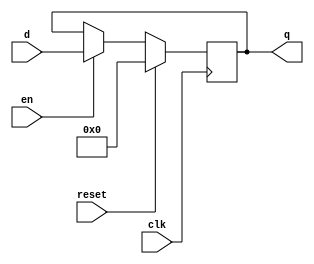
// --------------------------------------------------------------------
// >>>>>>>>>>>>>>>>>>>>>>>>> COPYRIGHT NOTICE <<<<<<<<<<<<<<<<<<<<<<<<<
// --------------------------------------------------------------------
// Github: https://github.com/abdelazeem201
// Description: D-FF module
// Dependencies: Trends in computing have led to a proliferation of neural Network applications. Unfortunately, todays general- purpose processors are not well suited for the class of computations these applications require, creating demand
// for a new class of processors : Tensor Processing Units (TPU). These hardware accelerators are designed with
// neural networks in mind, and allow host CPUs to offload computationally expensive tensor operations to them.
// We implement our own, low-power, scalable TPU intended for embedded and mobile applications, and evaluate its
// performance using a simulated fully connected neural Network layer.
// Since: 2021-03-27 17:18:43
// LastEditors: ahmed abdelazeem
//********************************************************************
// Module Function:
// Standard D flip-flop, transferring inputs of size DATA_WIDTH

// Inputs:
//
// clk -- clock signal
// reset -- when high, sets output to 0 on clock positive edge
// en -- enable latch
// d -- data input

// Outputs:
//
// q -- data output

module dff8(clk, reset, en, d, q);

    parameter DATA_WIDTH = 8;

    input clk;
    input reset;
    input en;
    input signed [DATA_WIDTH-1:0] d;
    output reg signed [DATA_WIDTH-1:0] q;

    always @(posedge clk) begin

        if (reset) begin
            q <= 0;
        end  // if (reset == 1'b1)

        else if (en) begin
            q <= d;
        end  // else if (en)

        else begin  // expecting this to get synthesized away (remove otherwise)
            q <= q;
        end  // else

    end  // always @(posedge clk)

endmodule  // dff8